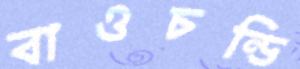
বাওচন্ডি